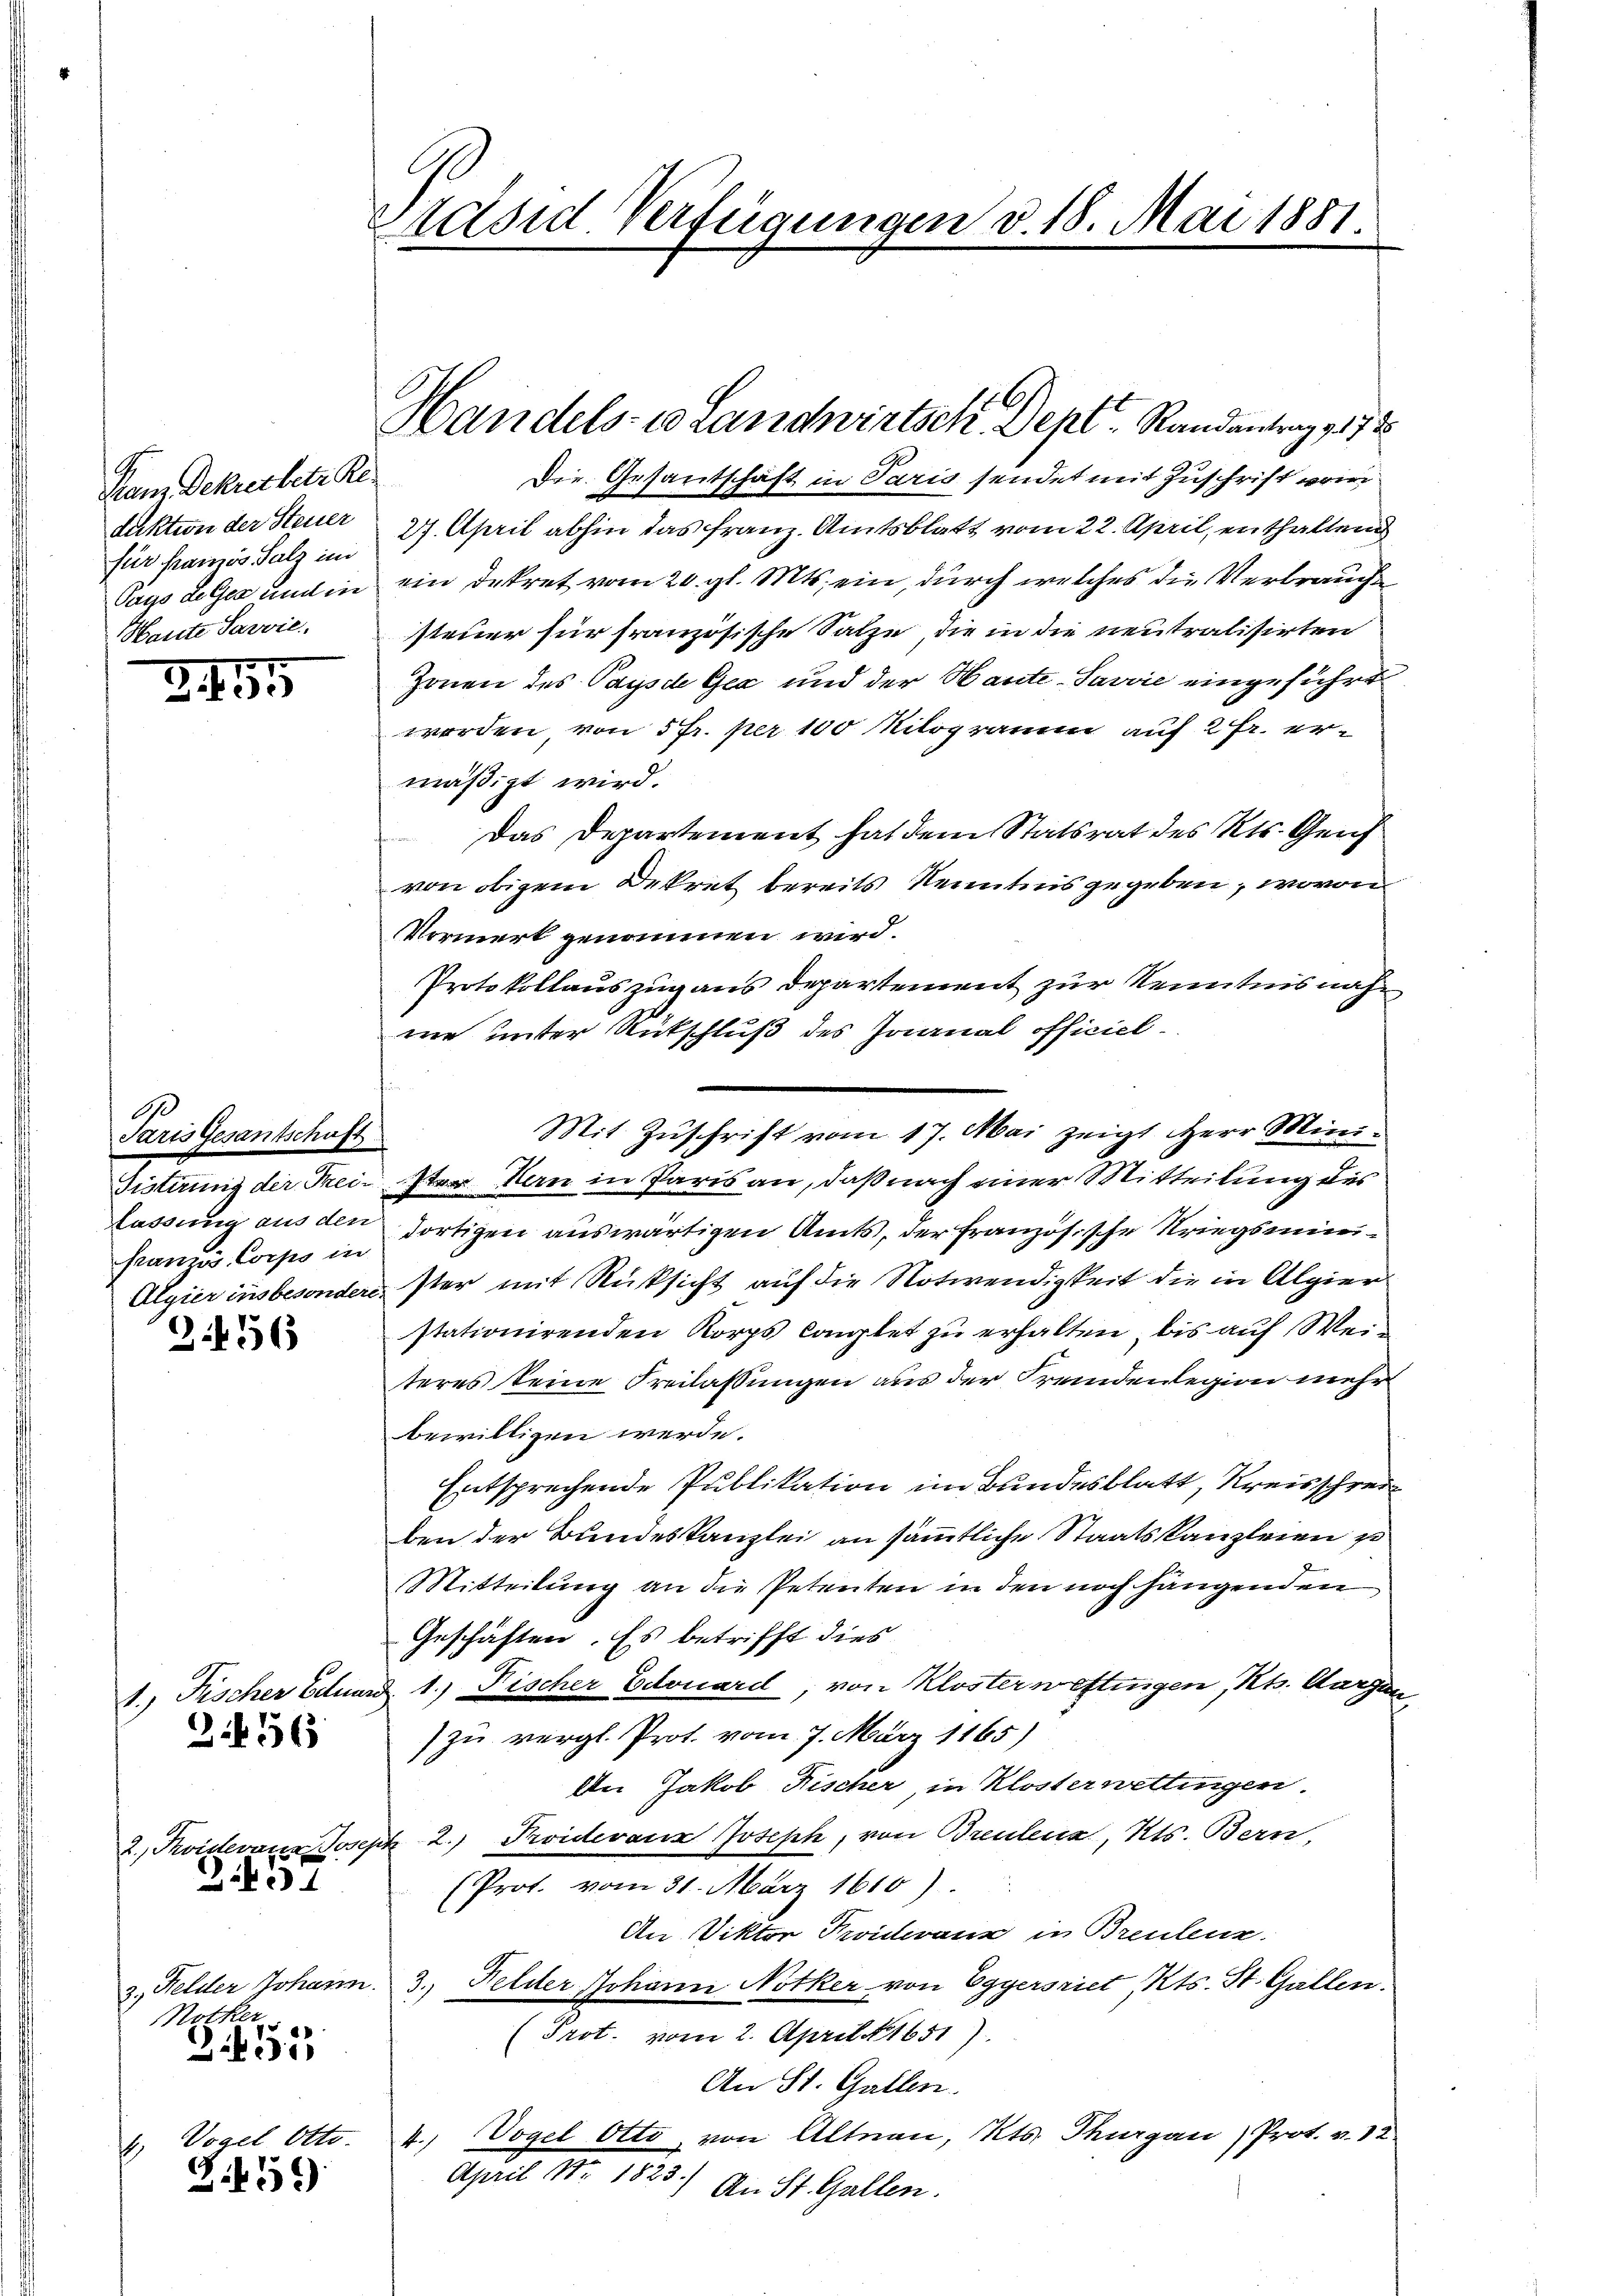
Fanz Dekretbetr. Re
für famos Salz im
Harste Sarvie

345

Paris Gesantschaft
französ. Corps in

Z 156

3.456

Gibit

Zif.

Nother
335

Päsid. Verfügungen v. 18. Mai 1881.

Handels- u Landwirtsch. Dept. Randantrag zu 7
Die Gesandtschaft in Paris sendet mit Zuschrift wor
faktion der Steuer 27. April abhin das Franz. Amtsblatt vom 22. April, enthaltend
Pays de Ges und in ein Dekret vom 20. gl. Mts. ein, durch welches die Verbrauch
steuer für französische Salze, die in die neutralisirten
Zonen des Pays de Gex und der Haute-Savvie eingeführt
worden, von 5 fr. per 100 Kilogramm auf 2 Fr. ermäßigt wird.
Das Departement hat dem Statsrat des Kts. Genf
von obigem Dekret bereits Kenntnis gegeben, wovon
Vormerk genommen wird.
Protokollauszug aus Departement zur Kenntnisnahwe unter Rückschluß des Joanal officiel
Mit Zuschrift vom 17. Mai zeigt Herr Mini¬
Fistirung der Preister den in Paris an, daß nach einer Mitteilung des
lassung aus den dortigen auswärtigen Amts, der Französische Kriegsmini¬
Algier insbesonders ster mit Rücksicht auf die Notwendigkeit die in Algier
stationirenden Korps komplet zu erhalten, bis auf Weiteres keine Freilassungen aus der Fremdenlegion mehr
bewilligen werde.
Entsprechende Publikation im Bundesblatt, Kreisschreiben der Bundeskanzlei an sämmtliche Staatskanzleien zu
Mitteilung an die Petenten in den noch hängenden
Geschäften. Es betrifft dies
1.) Fischer Eduard, 1.) Fischer Edouard, von Kloster wettingen, Kts. Aargau
zu vergl. Prot. vom 7. März 1865)
Der Jakob Fischer, in Klosterwettingen.
2. Thoidevanz Joseph 2.) Proidevanz Joseph, von Breutena, Kts. Bern,
(Prot. vom 31. März 1810)
An Viktor Proideraus in Brentenz.
3. Felder Johann. 3. Felder Johann Notker von Eggersriet, Kts. St. Gallen.
(Prot. vom 2. April 1851).
An St. Gallen.
Vogel Otto. 4.) Vogel Otto, von Altnau, Kts. Thurgau) Prot. v. 12
April 17. 1825.) An St. Gallen.